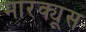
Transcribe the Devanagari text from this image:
मारक्यूस